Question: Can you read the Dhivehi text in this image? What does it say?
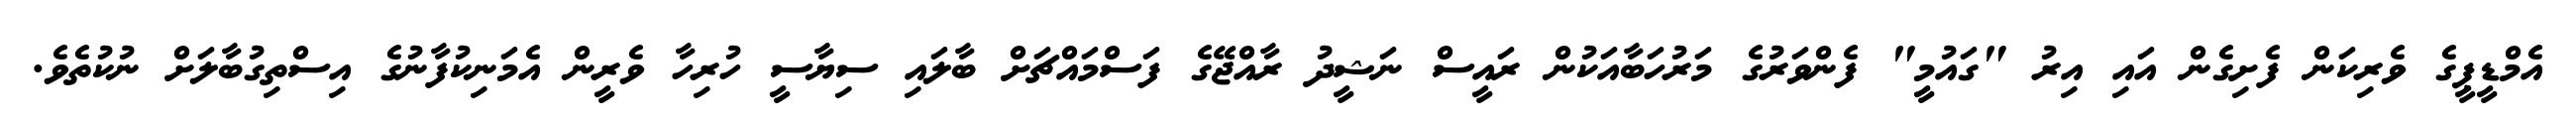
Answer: އެމްޑީޕީގެ ވެރިކަން ފެށިގެން އައި އިރު "ގައުމީ" ފެންވަރުގެ މަރުހަބާއަކުން ރައީސް ނަޝީދު ރާއްޖޭގެ ފަސްމައްޗަށް ބާލައި ސިޔާސީ ހުރިހާ ވެރީން އެމަނިކުފާނުގެ އިސްތިގުބާލަށް ނުކުތެވެ.